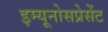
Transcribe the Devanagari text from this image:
इम्यूनोसप्रेसेंट